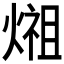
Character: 𤍄